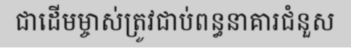
ជាដើមម្ចាស់ត្រូវជាប់ពន្ធនាគារជំនួស